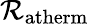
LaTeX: \mathcal{R}_{\mathrm{atherm}}